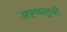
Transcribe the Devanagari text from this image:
अष्टधातुची